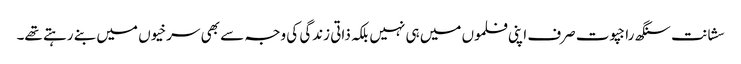
سشانت سنگھ راجپوت صرف اپنی فلموں میں ہی نہیں بلکہ ذاتی زندگی کی وجہ سے بھی سرخیوں میں بنے رہتے تھے۔